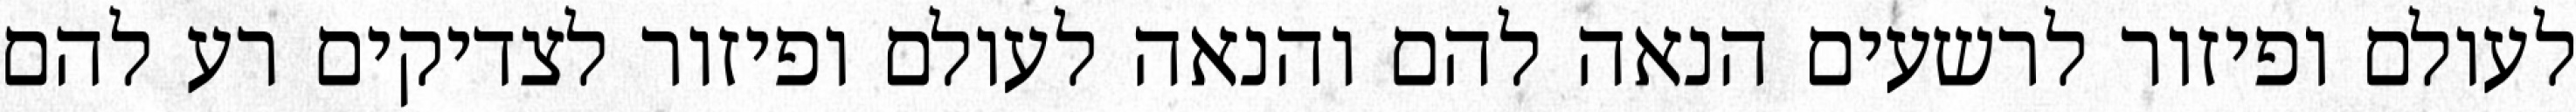
לעולם ופיזור לרשעים הנאה להם והנאה לעולם ופיזור לצדיקים רע להם